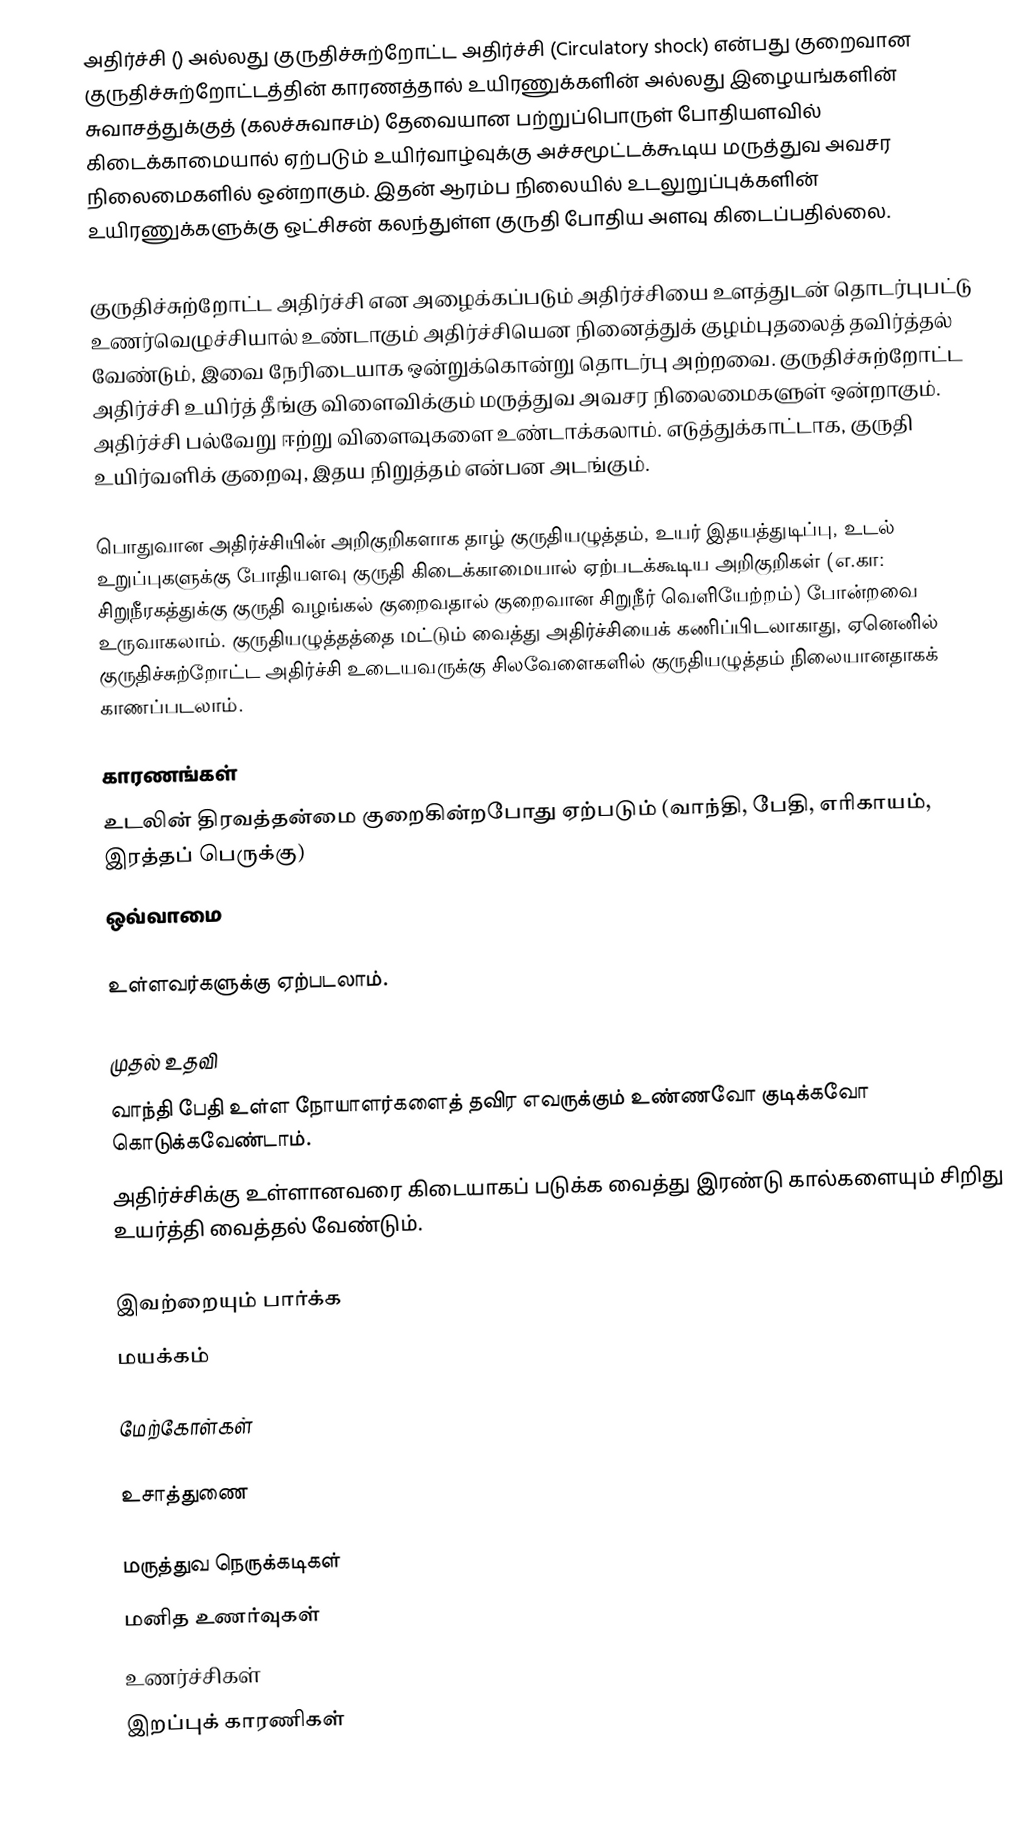
அதிர்ச்சி () அல்லது குருதிச்சுற்றோட்ட அதிர்ச்சி (Circulatory shock) என்பது குறைவான குருதிச்சுற்றோட்டத்தின் காரணத்தால் உயிரணுக்களின் அல்லது இழையங்களின் சுவாசத்துக்குத் (கலச்சுவாசம்) தேவையான பற்றுப்பொருள் போதியளவில் கிடைக்காமையால் ஏற்படும் உயிர்வாழ்வுக்கு அச்சமூட்டக்கூடிய மருத்துவ அவசர நிலைமைகளில் ஒன்றாகும். இதன் ஆரம்ப நிலையில் உடலுறுப்புக்களின் உயிரணுக்களுக்கு ஒட்சிசன் கலந்துள்ள குருதி போதிய அளவு கிடைப்பதில்லை.

குருதிச்சுற்றோட்ட அதிர்ச்சி என அழைக்கப்படும் அதிர்ச்சியை உளத்துடன் தொடர்புபட்டு உணர்வெழுச்சியால் உண்டாகும் அதிர்ச்சியென நினைத்துக் குழம்புதலைத் தவிர்த்தல் வேண்டும், இவை நேரிடையாக ஒன்றுக்கொன்று தொடர்பு அற்றவை. குருதிச்சுற்றோட்ட அதிர்ச்சி உயிர்த் தீங்கு விளைவிக்கும் மருத்துவ அவசர நிலைமைகளுள் ஒன்றாகும். அதிர்ச்சி பல்வேறு ஈற்று விளைவுகளை உண்டாக்கலாம். எடுத்துக்காட்டாக, குருதி உயிர்வளிக் குறைவு, இதய நிறுத்தம் என்பன அடங்கும்.

பொதுவான அதிர்ச்சியின் அறிகுறிகளாக தாழ் குருதியழுத்தம், உயர் இதயத்துடிப்பு, உடல் உறுப்புகளுக்கு போதியளவு குருதி கிடைக்காமையால் ஏற்படக்கூடிய அறிகுறிகள் (எ.கா: சிறுநீரகத்துக்கு குருதி வழங்கல் குறைவதால் குறைவான சிறுநீர் வெளியேற்றம்) போன்றவை உருவாகலாம். குருதியழுத்தத்தை மட்டும் வைத்து அதிர்ச்சியைக் கணிப்பிடலாகாது, ஏனெனில் குருதிச்சுற்றோட்ட அதிர்ச்சி உடையவருக்கு சிலவேளைகளில் குருதியழுத்தம் நிலையானதாகக் காணப்படலாம்.

காரணங்கள்
 உடலின் திரவத்தன்மை குறைகின்றபோது ஏற்படும் (வாந்தி, பேதி, எரிகாயம், இரத்தப் பெருக்கு)
 ஒவ்வாமை

உள்ளவர்களுக்கு ஏற்படலாம்.

முதல் உதவி
 வாந்தி பேதி உள்ள நோயாளர்களைத் தவிர எவருக்கும் உண்ணவோ குடிக்கவோ கொடுக்கவேண்டாம்.
 அதிர்ச்சிக்கு உள்ளானவரை கிடையாகப் படுக்க வைத்து இரண்டு கால்களையும் சிறிது உயர்த்தி வைத்தல் வேண்டும்.

இவற்றையும் பார்க்க
 மயக்கம்

மேற்கோள்கள்

உசாத்துணை

மருத்துவ நெருக்கடிகள்
மனித உணர்வுகள்
உணர்ச்சிகள்
இறப்புக் காரணிகள்